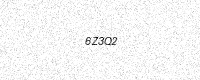
Text: 6Z3Q2